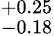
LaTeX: ^{+0.25}_{-0.18}